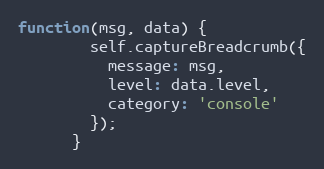
Language: JavaScript
function(msg, data) {
        self.captureBreadcrumb({
          message: msg,
          level: data.level,
          category: 'console'
        });
      }